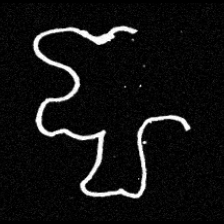
Pyu character \u2014 Myanmar letter: ဈ (romanized: jha)